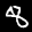
Label: 8